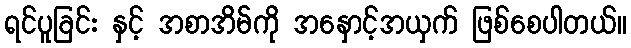
ရင်ပူခြင်း နှင့် အစာအိမ်ကို အနှောင့်အယှက် ဖြစ်စေပါတယ်။